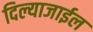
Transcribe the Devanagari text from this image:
दिल्याजाईल